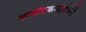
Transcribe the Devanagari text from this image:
कर्णाटककादंबरी